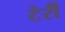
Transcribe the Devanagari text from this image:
टेर्री